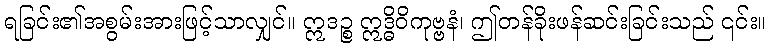
ရခြင်း၏အစွမ်းအားဖြင့်သာလျှင်။ ဣဒဉ္စ ဣဒ္ဓိဝိကုဗ္ဗနံ၊ ဤတန်ခိုးဖန်ဆင်းခြင်းသည် ၎င်း။